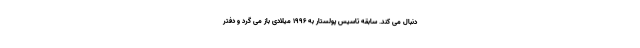
دنبال می کند. سابقه تاسیس پولستار به 1996 میلادی باز می گرد و دفتر